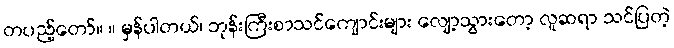
တပည့်တော်။ ။ မှန်ပါတယ်၊ ဘုန်းကြီးစာသင်ကျောင်းများ လျော့သွားတော့ လူဆရာ သင်ပြတဲ့